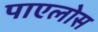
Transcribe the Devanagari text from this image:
पाएलोस